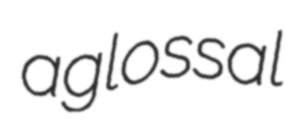
aglossal